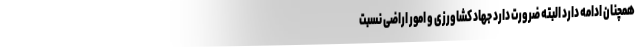
همچنان ادامه دارد البته ضرورت دارد جهاد کشاورزی و امور اراضی نسبت